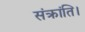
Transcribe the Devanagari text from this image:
संक्रांति।